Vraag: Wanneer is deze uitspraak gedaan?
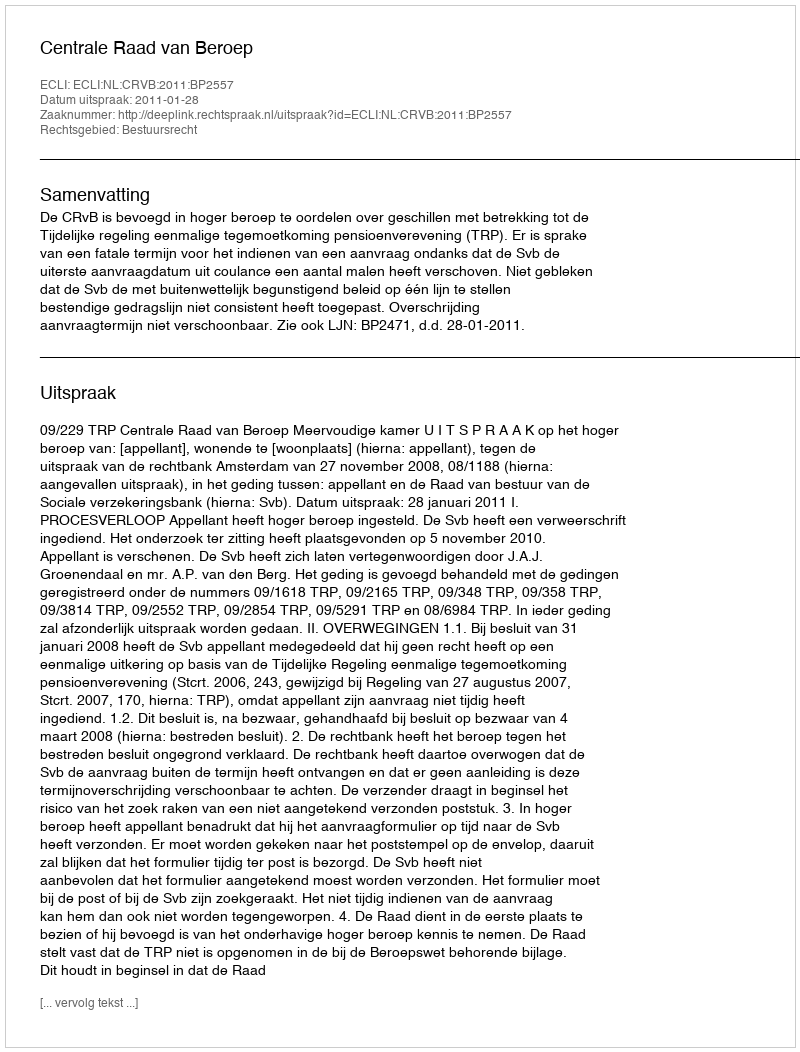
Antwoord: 2011-01-28